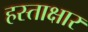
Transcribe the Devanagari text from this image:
हस्ताक्षार